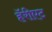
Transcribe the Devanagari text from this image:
हॅरीएट